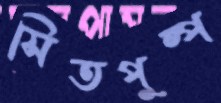
সিতপুষ্প